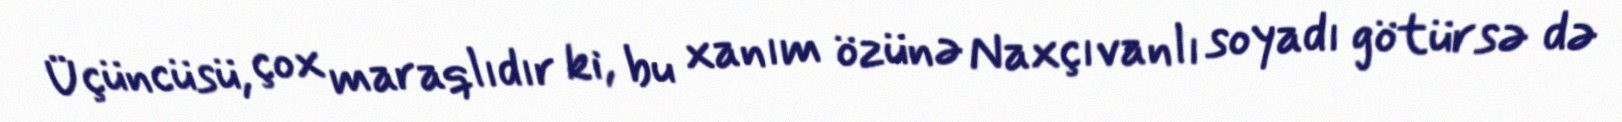
Üçüncüsü, çox maraqlıdır ki, bu xanım özünə Naxçıvanlı soyadı götürsə də